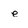
Character: e